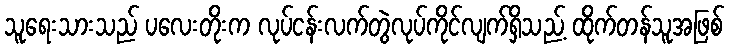
သူရေးသားသည် ပလေးတိုးက လုပ်ငန်းလက်တွဲလုပ်ကိုင်လျက်ရှိသည့် ထိုက်တန်သူအဖြစ်